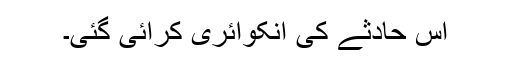
اس حادثے کی انکوائری کرائی گئی۔